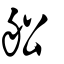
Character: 舩